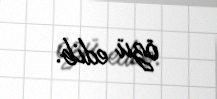
özü edib.